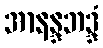
အာနန္ဒဘဒ္ဒံ